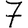
Digit: 7